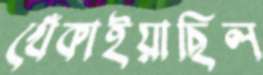
খেঁকাইয়াছিল